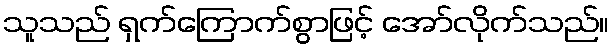
သူသည် ရှက်ကြောက်စွာဖြင့် အော်လိုက်သည်။